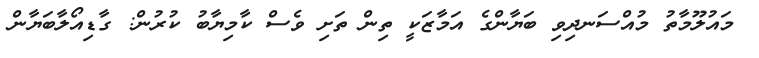
މައުލޫމާތު މުއްސަނދިވި ބަޔާންގެ އަމާޒަކީ ތިން ތަށި ވެސް ކާމިޔާބު ކުރުން: ގާޑިއޯލާބަޔާން